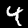
Digit: 4